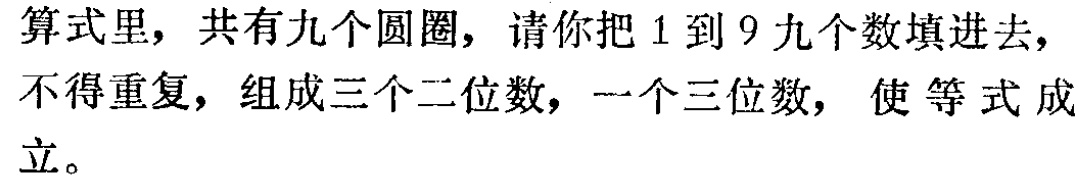
算式里，共有九个圆圈，请你把1到9九个数填进去，不得重复，组成三个二位数，一个三位数， 使等式成立。